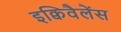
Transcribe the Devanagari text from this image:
इक्विवैलेंस